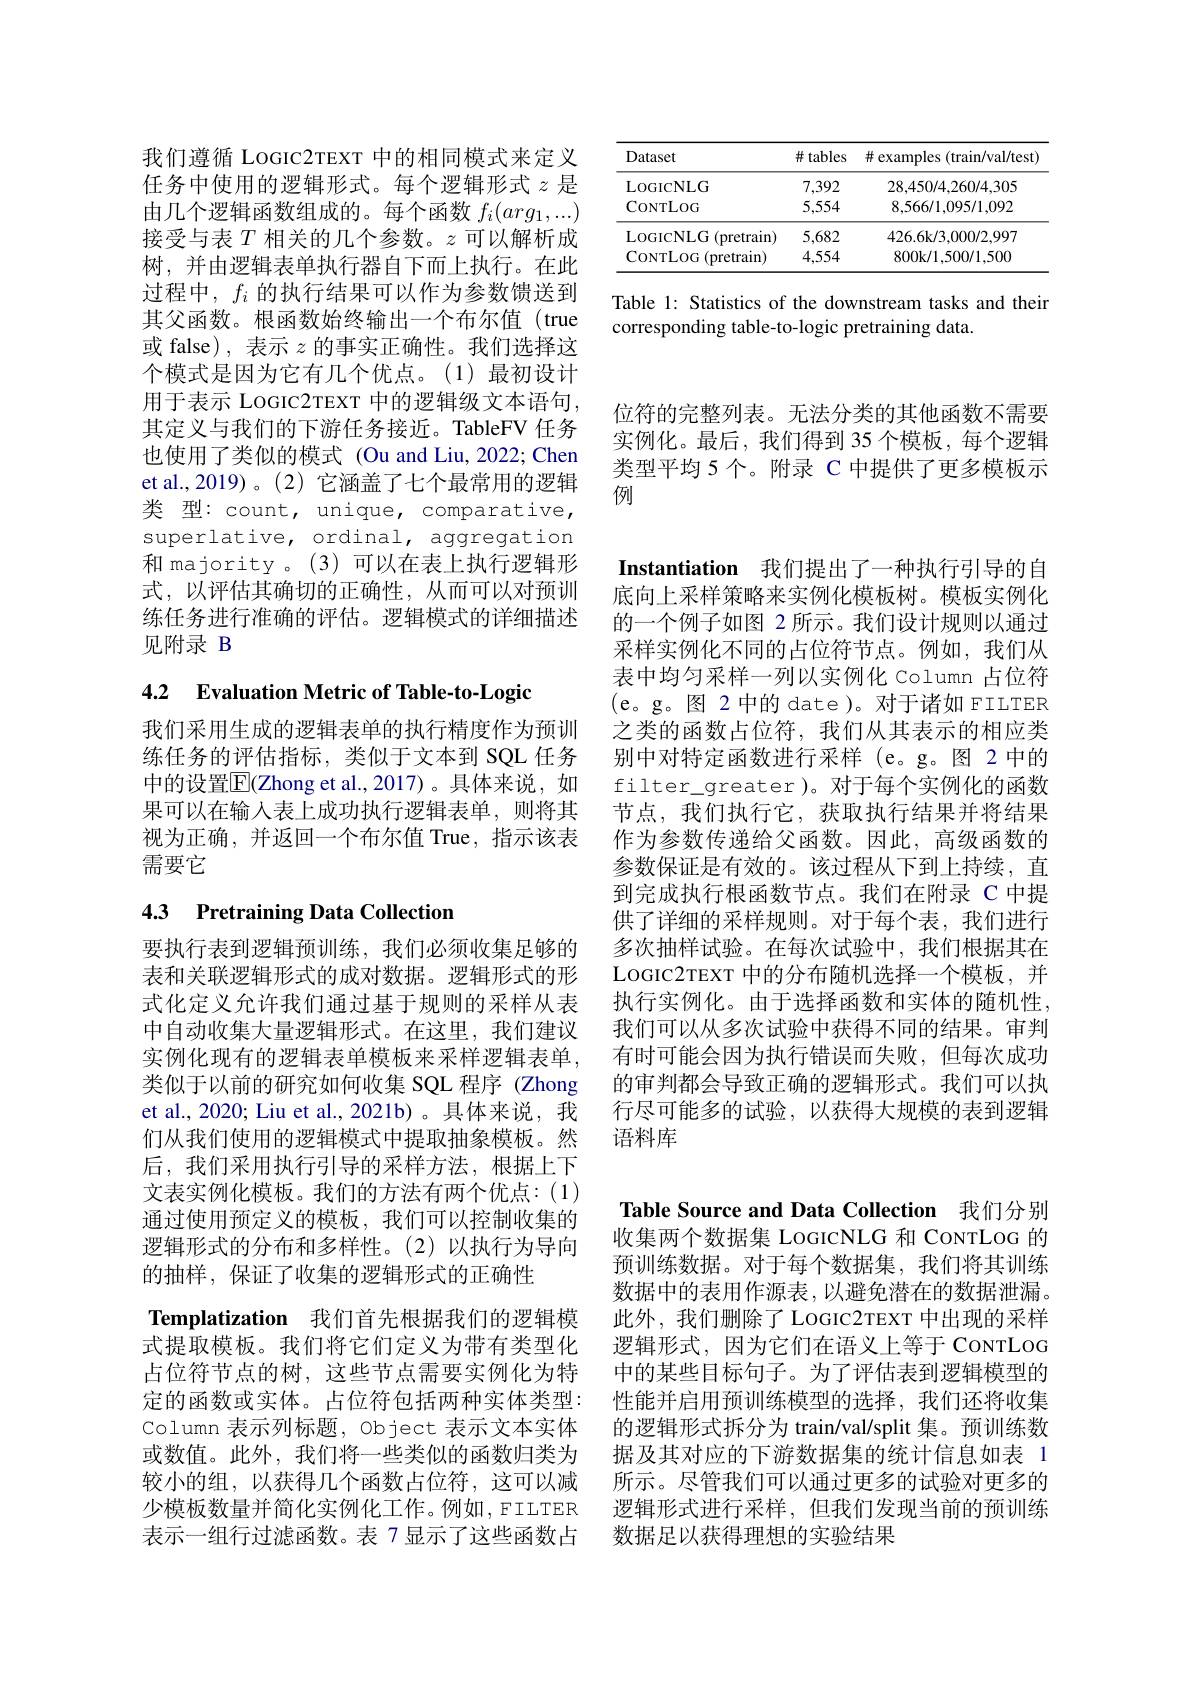
<table>
	<tbody>
		<tr>
			<th>Dataset</th>
			<th>#tables</th>
			<th># examples (train/val/test)</th>
		</tr>
		<tr>
			<td>LOGICNLG</td>
			<td>7,392</td>
			<td>28,450/4,260/4,305</td>
		</tr>
		<tr>
			<td>CONTLOG</td>
			<td>5,554</td>
			<td>8,566/1,095/1,092</td>
		</tr>
		<tr>
			<td>LOGICNLG (pretrain)</td>
			<td>5,682</td>
			<td>426.6k/3.000/2,997</td>
		</tr>
		<tr>
			<td>CONTLOG ${\mathrm{G}}($pretrain)</td>
			<td>4,554</td>
			<td>800k/1.500/1.500</td>
		</tr>
	</tbody>
</table>

Table 1: Statistics of the downstream tasks and their
corresponding table-to-logic pretraining data.

我们遵循 LOGIC2TEXT 中的相同模式来定义任务中使用的逻辑形式。每个逻辑形式$z$是由几个逻辑函数组成的。每个函数$f_i(arg_1,...)$ 接受与表$T$ 相关的几个参数。$z$ 可以解析成树，并由逻辑表单执行器自下而上执行。在此过程中，$f_i$的执行结果可以作为参数馈送到其父函数。根函数始终输出一个布尔值(true 或 false), 表示$z$的事实正确性。我们选择这个模式是因为它有几个优点。(1)最初设计用于表示 LOGIC2TEXT 中的逻辑级文本语句， 其定义与我们的下游任务接近。TableFV 任务也使用了类似的模式(Ou and Liu,2022; Chen et al.,2019)。(2)它涵盖了七个最常用的逻辑类 型：count, unique, comparative, superlative, ordinal, aggregation 和 majority 。(3)可以在表上执行逻辑形式，以评估其确切的正确性，从而可以对预训练任务进行准确的评估。逻辑模式的详细描述见附录 B

4.2 Evaluation Metric of Table-to-Logic

我们采用生成的逻辑表单的执行精度作为预训练任务的评估指标，类似于文本到 SQL 任务中的设置$\overline{\mathrm{E}}($Zhong et al.,2017)。具体来说，如果可以在输入表上成功执行逻辑表单，则将其视为正确，并返回一个布尔值 True,指示该表需要它

## 4.3 Pretraining Data Collection

要执行表到逻辑预训练，我们必须收集足够的表和关联逻辑形式的成对数据。逻辑形式的形式化定义允许我们通过基于规则的采样从表中自动收集大量逻辑形式。在这里，我们建议实例化现有的逻辑表单模板来采样逻辑表单， 类似于以前的研究如何收集 SQL 程序 (Zhong et al., 2020; Liu et al., 2021b)。具体来说，我们从我们使用的逻辑模式中提取抽象模板。然后，我们采用执行引导的采样方法，根据上下文表实例化模板。我们的方法有两个优点：(1) 通过使用预定义的模板，我们可以控制收集的逻辑形式的分布和多样性。(2)以执行为导向的抽样，保证了收集的逻辑形式的正确性
Templatization 我们首先根据我们的逻辑模式提取模板。我们将它们定义为带有类型化占位符节点的树，这些节点需要实例化为特定的函数或实体。占位符包括两种实体类型： Column 表示列标题，Object 表示文本实体或数值。此外，我们将一些类似的函数归类为较小的组，以获得几个函数占位符，这可以减少模板数量并简化实例化工作。例如，FILTER 表示一组行过滤函数。表 7 显示了这些函数占

位符的完整列表。无法分类的其他函数不需要实例化。最后，我们得到 35 个模板，每个逻辑类型平均 5 个。附录 C 中提供了更多模板示例

Instantiation 我们提出了一种执行引导的自

底向上采样策略来实例化模板树。模板实例化的一个例子如图 2 所示。我们设计规则以通过采样实例化不同的占位符节点。例如，我们从表中均匀采样一列以实例化 Column 占位符(e。g。图 2 中的 date)。对于诸如 FILTER 之类的函数占位符，我们从其表示的相应类别中对特定函数进行采样(e。g。图 2 中的filter\_greater)。对于每个实例化的函数节点，我们执行它，获取执行结果并将结果作为参数传递给父函数。因此，高级函数的参数保证是有效的。该过程从下到上持续，直到完成执行根函数节点。我们在附录 C 中提供了详细的采样规则。对于每个表，我们进行多次抽样试验。在每次试验中，我们根据其在LOGIC2TEXT 中的分布随机选择一个模板，并执行实例化。由于选择函数和实体的随机性， 我们可以从多次试验中获得不同的结果。审判有时可能会因为执行错误而失败，但每次成功的审判都会导致正确的逻辑形式。我们可以执行尽可能多的试验，以获得大规模的表到逻辑语料库

Table Source and Data Collection 我们分别收集两个数据集 LOGICNLG 和 CONTLOG 的预训练数据。对于每个数据集，我们将其训练数据中的表用作源表，以避免潜在的数据泄漏。此外，我们删除了 LOGIC2TEXT 中出现的采样逻辑形式，因为它们在语义上等于 CONTLOG 中的某些目标句子。为了评估表到逻辑模型的性能并启用预训练模型的选择，我们还将收集的逻辑形式拆分为 train/val/split 集。预训练数据及其对应的下游数据集的统计信息如表 1所示。尽管我们可以通过更多的试验对更多的逻辑形式进行采样，但我们发现当前的预训练数据足以获得理想的实验结果